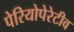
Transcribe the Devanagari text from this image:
पेरियोपेरेटीव